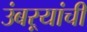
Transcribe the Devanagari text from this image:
उंबऱ्यांची